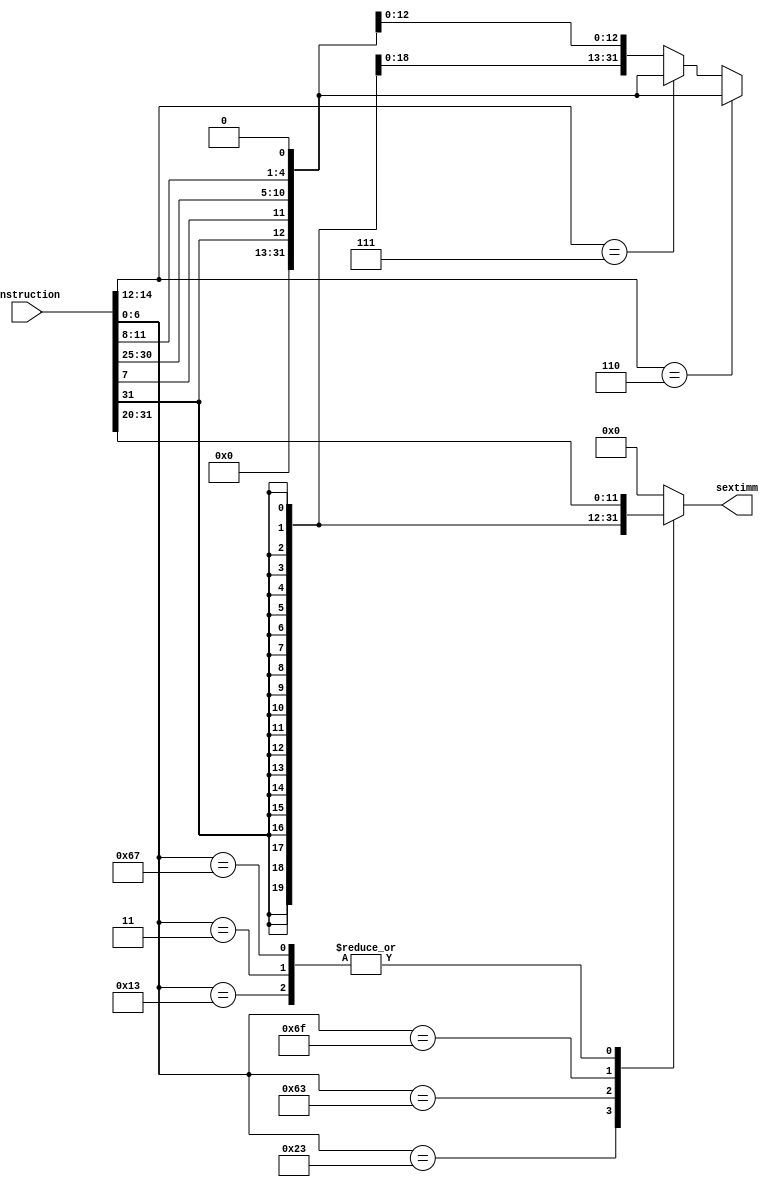
// immediate_generator.v

module immediate_generator #(
  parameter DATA_WIDTH = 32
)(
  input [31:0] instruction,

  output reg [DATA_WIDTH-1:0] sextimm
);

wire [6:0] opcode;
wire [2:0] funct3;
assign opcode = instruction[6:0];
assign funct3 = instruction[14:12];

always @(*) begin
  case (opcode)
    //////////////////////////////////////////////////////////////////////////
    // TODO : Generate sextimm using instruction
    7'b0010011 : sextimm = $signed(instruction[31:20]);
    7'b0000011 : sextimm = $signed(instruction[31:20]);
    7'b0100011 : sextimm = $signed({instruction[31:25],instruction[11:7]});
    7'b1100011 : begin
      if (funct3 == 3'b110 ) begin
        sextimm={19'h00000,instruction[31],instruction[7],instruction[30:25],instruction[11:8],1'b0};
      end else if (funct3 == 3'b111) begin
        sextimm={19'h00000,instruction[31],instruction[7],instruction[30:25],instruction[11:8],1'b0};
      end else begin
        sextimm=$signed({instruction[31],instruction[7],instruction[30:25],instruction[11:8],1'b0});
      end
    end
    7'b1101111 : sextimm=$signed({instruction[31],instruction[19:12],instruction[20],instruction[30:21],1'b0});
    7'b1100111 : sextimm=$signed({instruction[31:20]});

    //////////////////////////////////////////////////////////////////////////
    default:    sextimm = 32'h0000_0000;
  endcase
end


endmodule